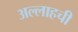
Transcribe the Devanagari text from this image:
अल्लाहची